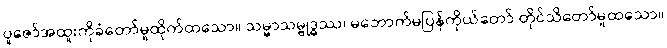
ပူဇော်အထူးကိုခံတော်မူထိုက်ထသော။ သမ္မာသမ္ဗုဒ္ဓဿ၊ မဘောက်မပြန်ကိုယ်တော် တိုင်သိတော်မူထသော။